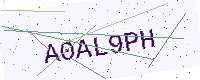
Text: A0AL9PH